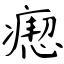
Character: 瘛